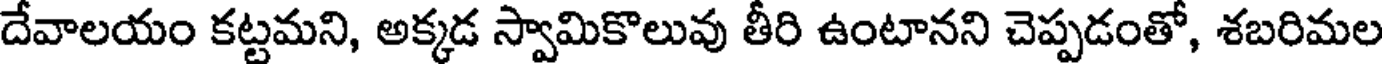
దేవాలయం కట్టమని, అక్కడ స్వామికొలువు తీరి ఉంటానని చెప్పడంతో, శబరిమల